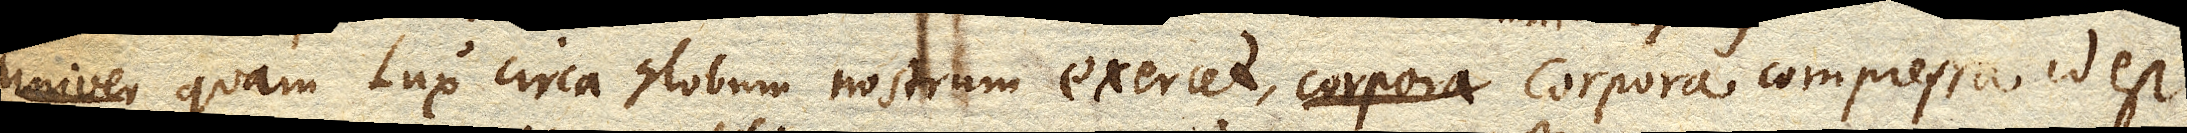
quam Lux circa globum nostrum exercet, corpora